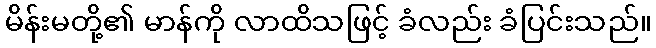
မိန်းမတို့၏ မာန်ကို လာထိသဖြင့် ခံလည်း ခံပြင်းသည်။